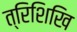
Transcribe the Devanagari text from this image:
त्रिशिखि